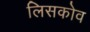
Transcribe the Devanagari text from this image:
लिसकोव